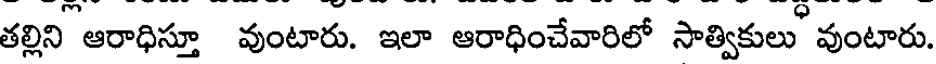
తల్లిని ఆరాధిస్తూ వుంటారు. ఇలా ఆరాధించేవారిలో సాత్వికులు' వుంటారు.